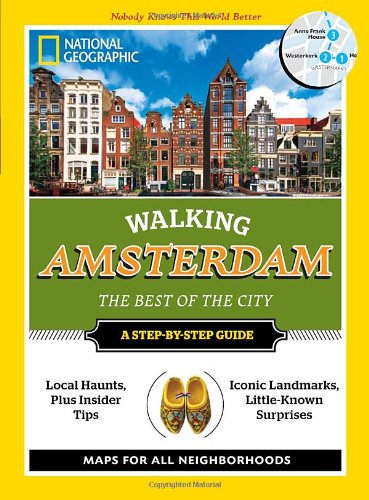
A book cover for National Geographic Walking Amsterdam: The Best of the City (National Geographic Walking the Best of the City); Pip Farquharson; Travel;